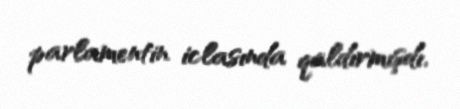
parlamentin iclasında qaldırmışdı.